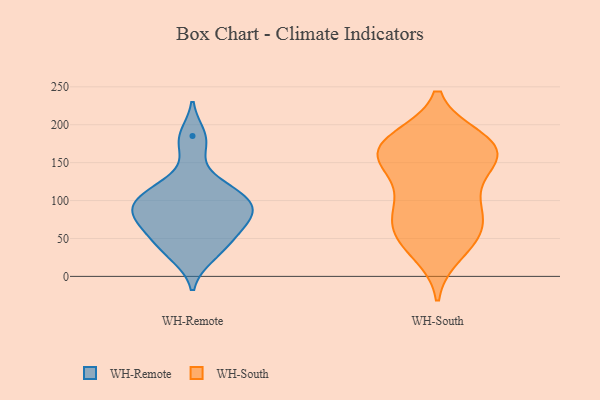
{"axis": {"x": "Churn Rate (%)", "y": "Value"}, "legend": ["WH-Remote", "WH-South"], "data": [{"x": "", "y": 31, "type": "WH-Remote"}, {"x": "", "y": 51, "type": "WH-Remote"}, {"x": "", "y": 185, "type": "WH-Remote"}, {"x": "", "y": 101, "type": "WH-Remote"}, {"x": "", "y": 48, "type": "WH-Remote"}, {"x": "", "y": 83, "type": "WH-Remote"}, {"x": "", "y": 108, "type": "WH-Remote"}, {"x": "", "y": 102, "type": "WH-Remote"}, {"x": "", "y": 175, "type": "WH-Remote"}, {"x": "", "y": 88, "type": "WH-Remote"}, {"x": "", "y": 61, "type": "WH-Remote"}, {"x": "", "y": 75, "type": "WH-Remote"}, {"x": "", "y": 77, "type": "WH-Remote"}, {"x": "", "y": 112, "type": "WH-Remote"}, {"x": "", "y": 87, "type": "WH-Remote"}, {"x": "", "y": 126, "type": "WH-Remote"}, {"x": "", "y": 27, "type": "WH-Remote"}, {"x": "", "y": 91, "type": "WH-South"}, {"x": "", "y": 78, "type": "WH-South"}, {"x": "", "y": 169, "type": "WH-South"}, {"x": "", "y": 78, "type": "WH-South"}, {"x": "", "y": 55, "type": "WH-South"}, {"x": "", "y": 164, "type": "WH-South"}, {"x": "", "y": 47, "type": "WH-South"}, {"x": "", "y": 49, "type": "WH-South"}, {"x": "", "y": 156, "type": "WH-South"}, {"x": "", "y": 177, "type": "WH-South"}, {"x": "", "y": 156, "type": "WH-South"}, {"x": "", "y": 174, "type": "WH-South"}, {"x": "", "y": 123, "type": "WH-South"}, {"x": "", "y": 140, "type": "WH-South"}, {"x": "", "y": 93, "type": "WH-South"}, {"x": "", "y": 181, "type": "WH-South"}, {"x": "", "y": 31, "type": "WH-South"}, {"x": "", "y": 170, "type": "WH-South"}]}